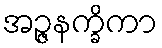
အဉ္ဇနက္ခိကာ